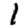
Digit: 1